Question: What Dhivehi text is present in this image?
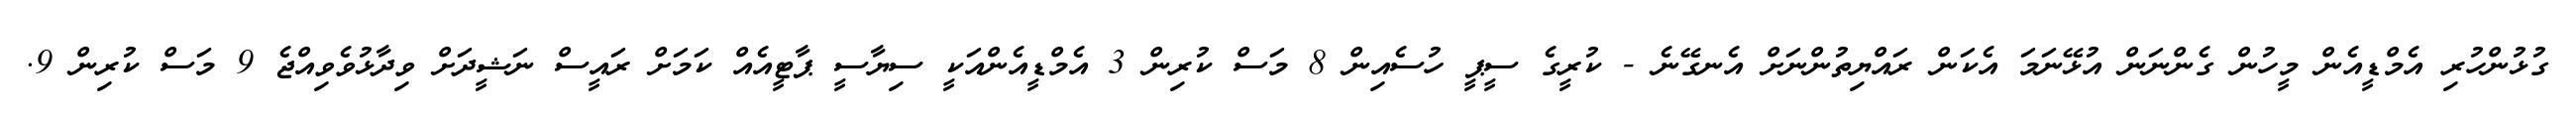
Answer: ގުޅުންހުރި އެމްޑީއެން މީހުން ގެންނަން އުޅޭނަމަ އެކަން ރައްޔިތުންނަށް އެނގޭނެ - ކުރީގެ ސީޕީ ހުސެއިން 8 މަސް ކުރިން 3 އެމްޑީއެންއަކީ ސިޔާސީ ޕާޓީއެއް ކަމަށް ރައީސް ނަޝީދަށް ވިދާޅުވެވިއްޖެ 9 މަސް ކުރިން 9.